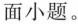
面小题。